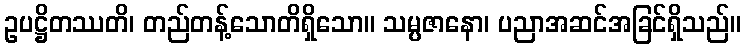
ဥပဋ္ဌိတဿတိ၊ တည်တန့်သောတိရှိသော။ သမ္ပဇာနော၊ ပညာအဆင်အခြင်ရှိသည်။